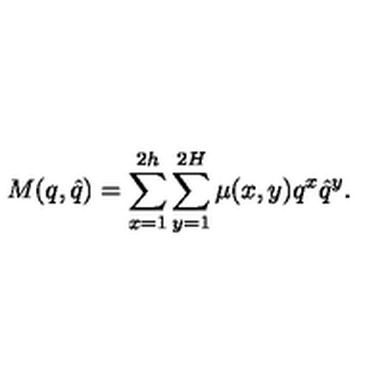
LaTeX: M ( q , \hat { q } ) = \sum _ { x = 1 } ^ { 2 h } \sum _ { y = 1 } ^ { 2 H } \mu ( x , y ) q ^ { x } \hat { q } ^ { y } .